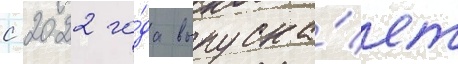
с 2022 го́да выпуска́ет